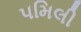
૫મિલી